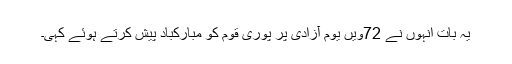
یہ بات انہوں نے 72ویں یوم آزادی پر پوری قوم کو مبارکباد پیش کرتے ہوئے کہی۔